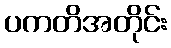
ပကတိအတိုင်း